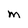
Character: m